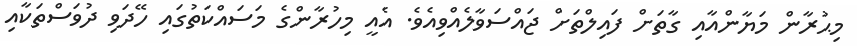
މިޙުރާން މަޔާންއާއި ގާތަށް ފައިލްތަށް ޖައްސަވާލެއްވިއެވެ. އެއީ މިހުރާންގެ މަސައްކަތުގައި ހޭދަވި ދުވަސްތަކާއި